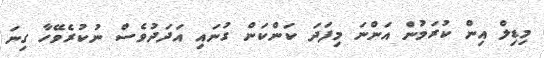
މިޑިލް އިން ކުރަމުން އަންނަ މިފަދަ ކަންކަން ގުނައި އަދަދުވެސް ނުކުރެވޭހާ ގިނަ